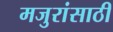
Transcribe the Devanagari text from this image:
मजुरांसाठी